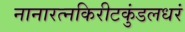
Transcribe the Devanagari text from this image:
नानारत्नकिरीटकुंडलधरं